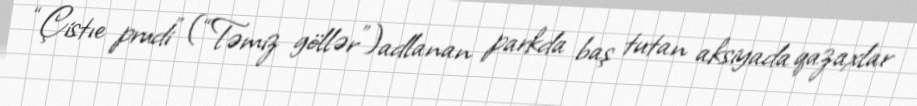
“Çistıe prudi” (“Təmiz göllər”)adlanan parkda baş tutan aksiyada qazaxlar